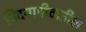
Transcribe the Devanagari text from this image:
विदयापीठातील